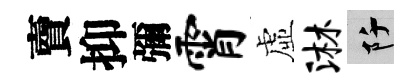
𧶠抑彌霄虛淋阡